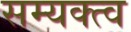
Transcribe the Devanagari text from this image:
सम्यक्त्व